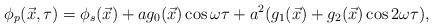
LaTeX: \begin{align*}\phi_p (\vec{x},\tau ) = \phi_s (\vec{x}) + a g_0(\vec{x})\cos \omega \tau+ a^2 ( g_1 (\vec{x}) + g_2 (\vec{x}) \cos 2\omega \tau ),\end{align*}